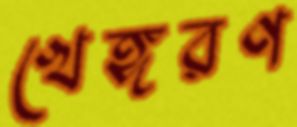
খেঙ্গরণ